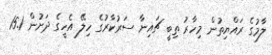
ލާމުގެ ރައްޔިތުން މިހާރު ތިބީ ޗައިނާ ސަރުކާރުގެ ހިލޭ އެހީގެ ދަށުން 15.1